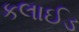
કલાઈડ